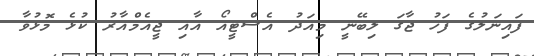
ފައިނަލުގެ ފަހު ޖާގަ ލިބޭނީ މިއަދު އެސްޓީއޯ އާއި ޖީއެމްއާރު ކުޅެ މޮޅުވާ